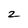
Character: 2